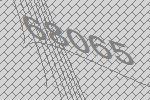
68065